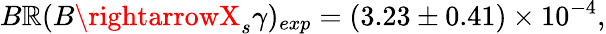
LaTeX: B\mathbb{R}(B\rightarrowX_{s}\gamma)_{exp}=(3.23\pm0.41)\times10^{-4},